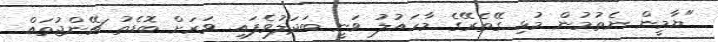
"ޔާމީން ނެތުމުން މުޅި ގޭތެރޭގެ މާހައުލު ވަނީ ބަދަލުވެފައި. ވަރަށް ބޮޑެތު ޗޭންޖުތައް